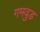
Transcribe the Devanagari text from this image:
गमवुड